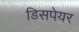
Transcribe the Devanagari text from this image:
डिसपेयर